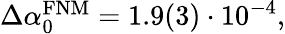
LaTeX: \begin{array}{r}{\Delta\alpha_{0}^{\mathrm{FNM}}=1.9(3)\cdot 10^{-4},}\end{array}